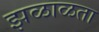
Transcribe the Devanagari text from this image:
झळाळता